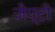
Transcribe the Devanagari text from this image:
ज़ैप्टो